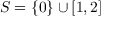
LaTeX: S = \{ 0 \} \cup [ 1 , 2 ]